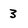
Character: 3